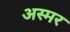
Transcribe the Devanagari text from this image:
अस्मर